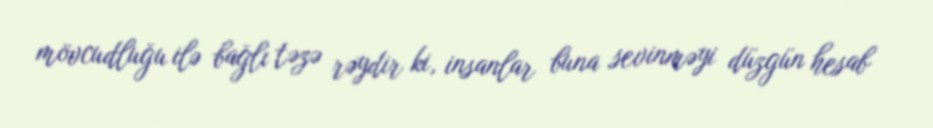
mövcudluğu ilə bağlı təzə rəydir ki, insanlar buna sevinməyi düzgün hesab